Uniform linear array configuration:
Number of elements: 8
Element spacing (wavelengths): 0.25
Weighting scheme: hann
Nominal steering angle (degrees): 60
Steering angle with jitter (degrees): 59.333
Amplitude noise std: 0.05
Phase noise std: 0.05

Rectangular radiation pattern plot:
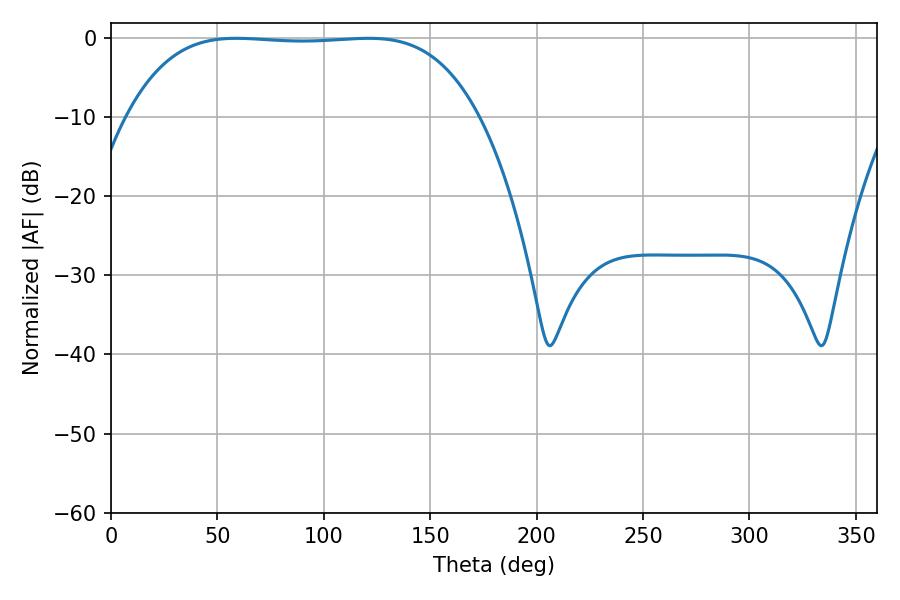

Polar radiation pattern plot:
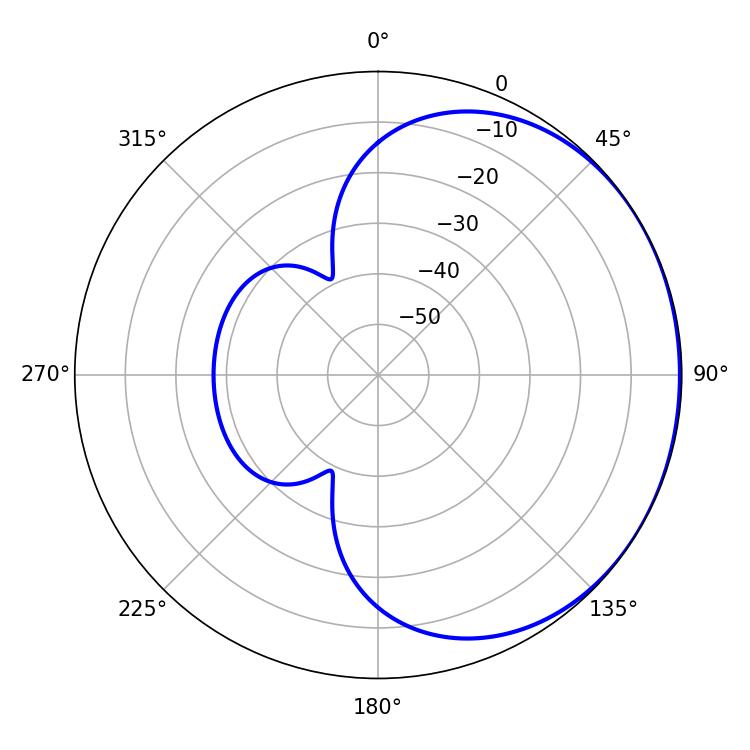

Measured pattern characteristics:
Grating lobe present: FALSE
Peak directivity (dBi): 0.6885
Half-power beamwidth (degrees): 128.16
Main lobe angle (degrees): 58.86